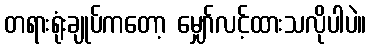
တရားရုံးချုပ်ကတော့ မျှော်လင့်ထားသလိုပါပဲ။